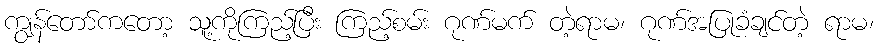
ကျွန်တော်ကတော့ သူ့ကိုကြည့်ပြီး ကြည့်စမ်း ဂုဏ်မက် တဲ့ရာမ၊ ဂုဏ်အပြုခံချင်တဲ့ ရာမ၊